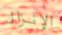
الإنزال